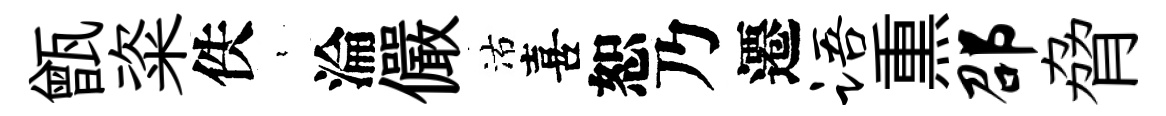
甑粢佚裊淪儼沽喜恕乃遷语𤋱邵脅